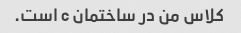
کلاس من در ساختمان c است.